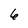
Character: 6